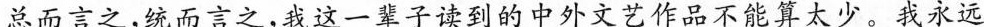
总而言之，统而言之，我这一辈子读到的中外文艺作品不能算太少。我永远